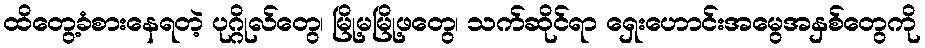
ထိတွေ့ခံစားနေရတဲ့ ပုဂ္ဂိုလ်တွေ၊ မြို့မမြို့ဖတွေ၊ သက်ဆိုင်ရာ ရှေးဟောင်းအမွေအနှစ်တွေကို